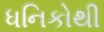
ધનિકોથી